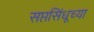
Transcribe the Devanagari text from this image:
सप्तसिंधूच्या